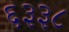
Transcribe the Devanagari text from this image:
६३३८